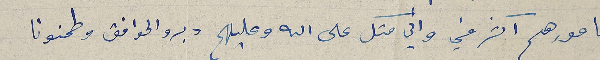
بامورهم اكثر مني واني متكل على الله وعليهم دبرو الموافق وطمنونا